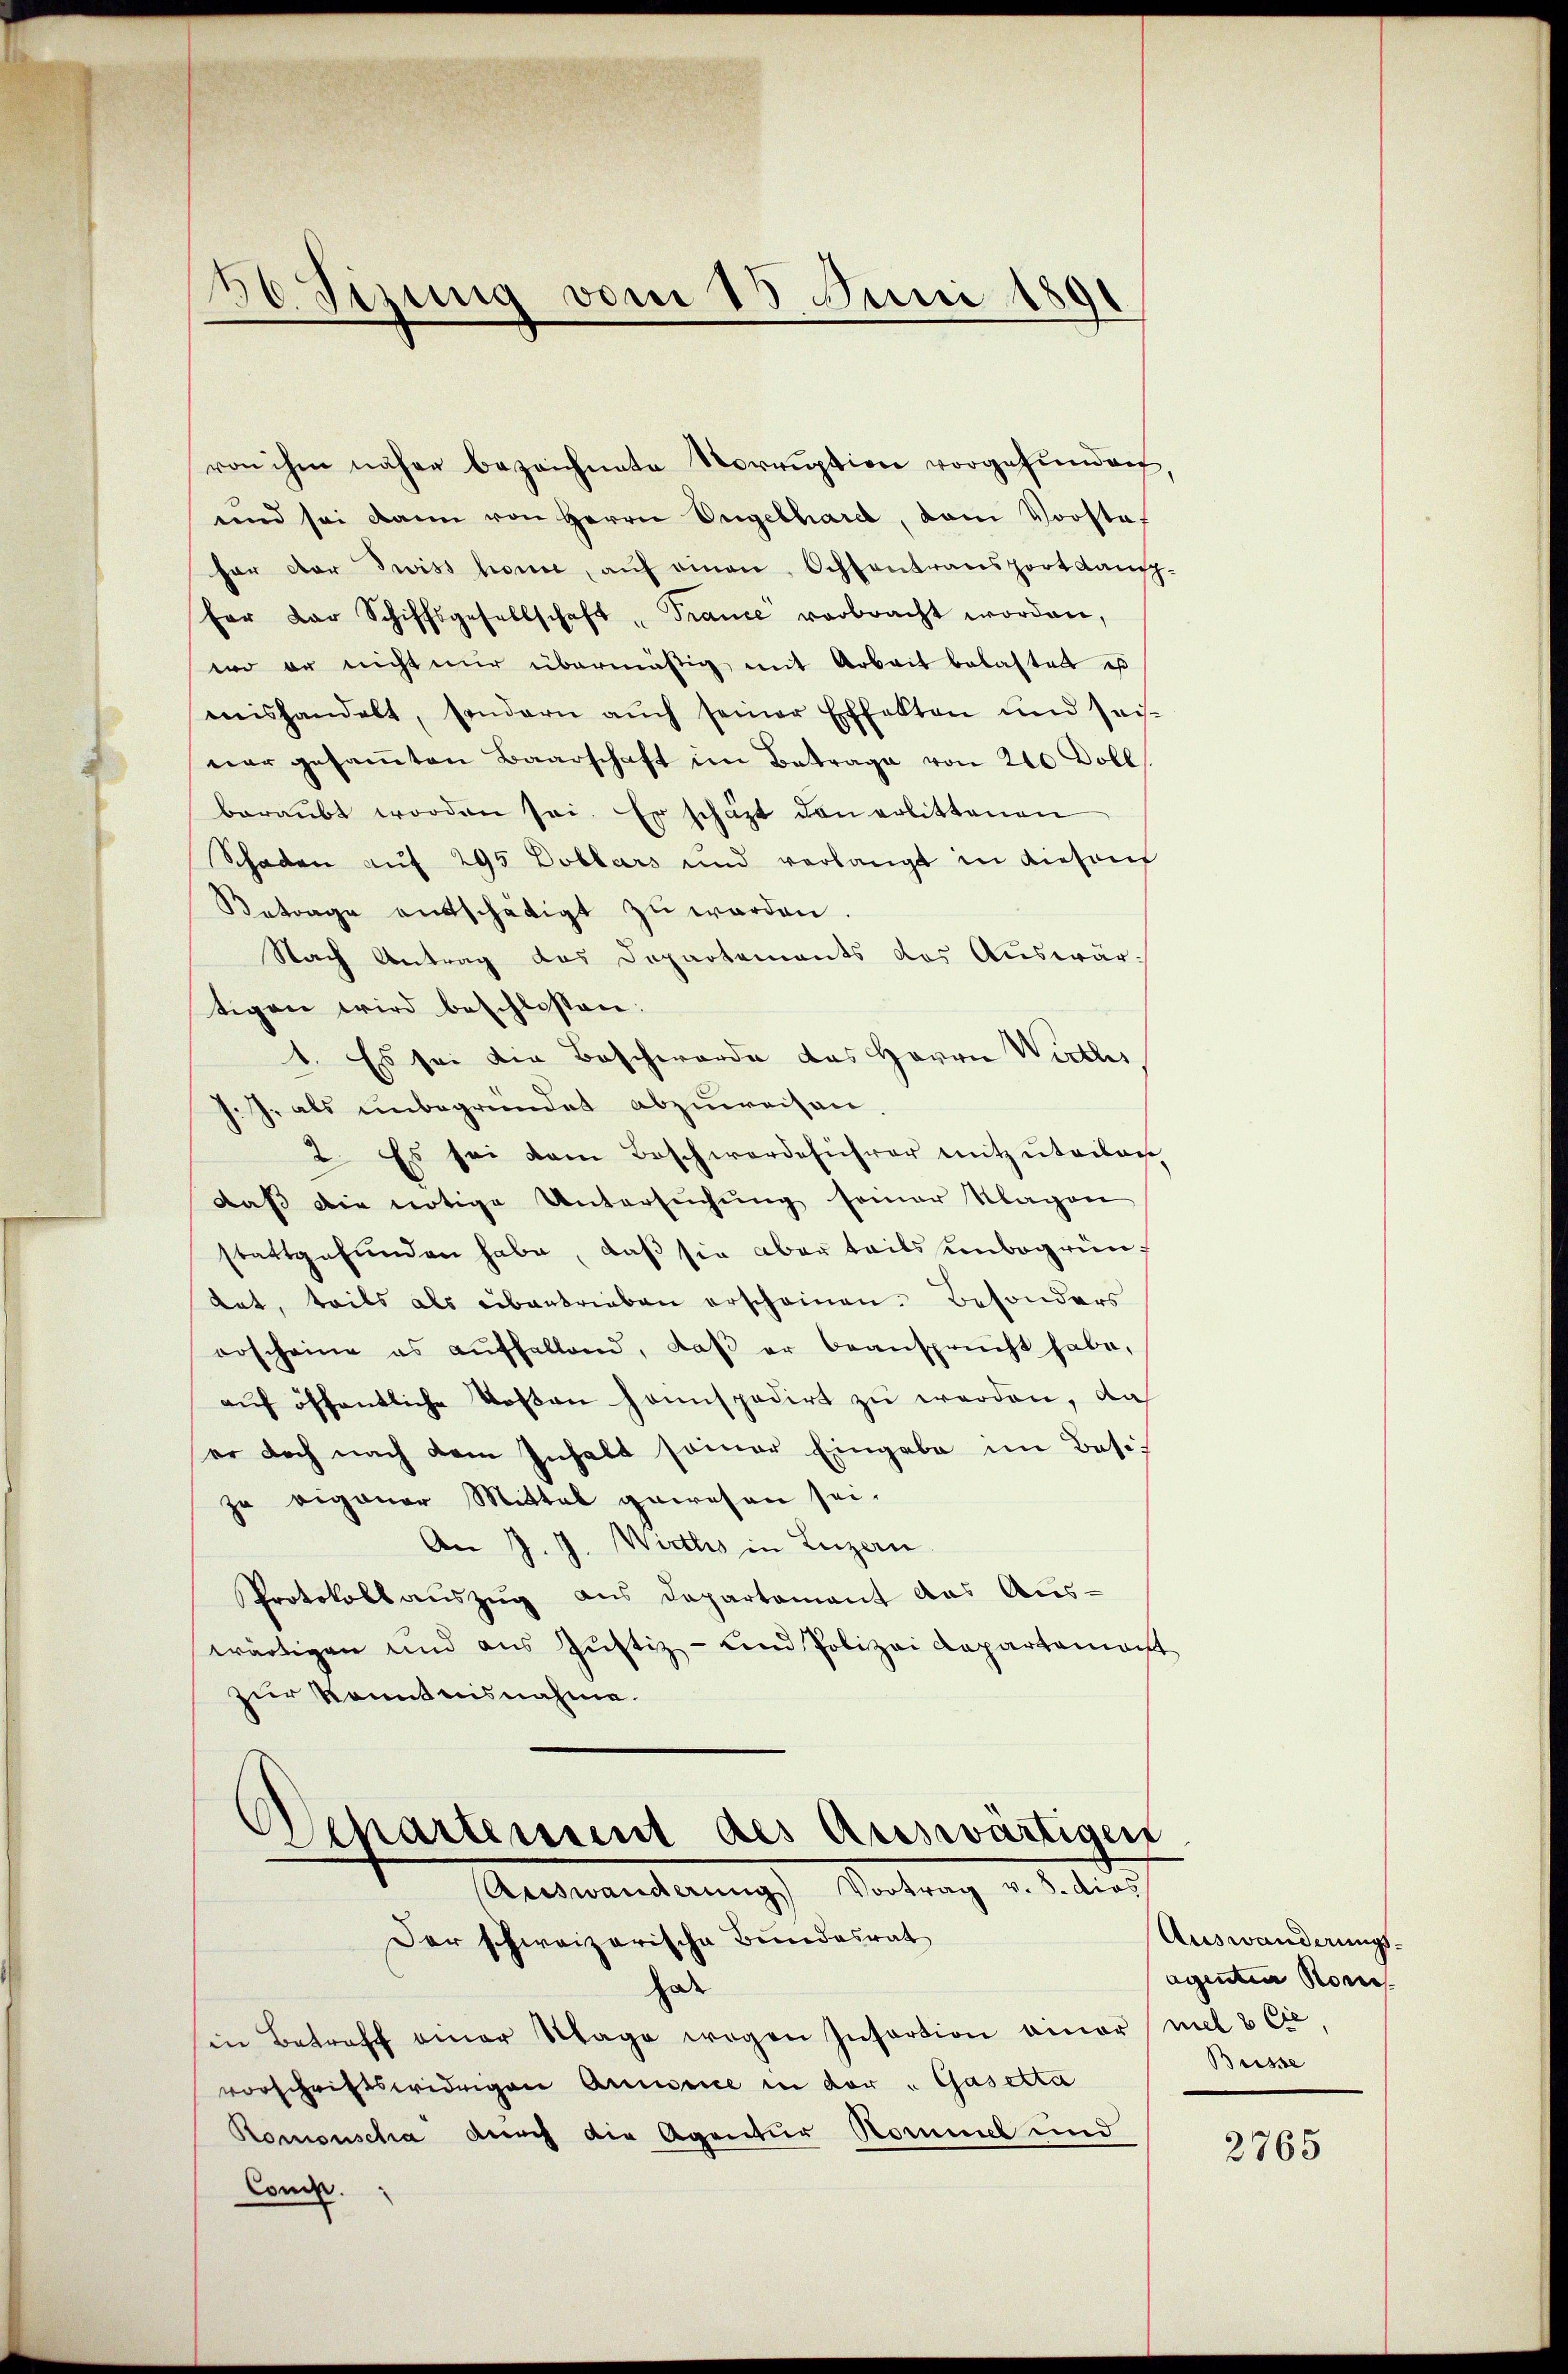
86 Sizung vom 15. Juni 1891

von ihm näher bezeichnete Vorruption vorgefunden
und sei dann von Herrn Ungelhard, dem Vorstat
für der Zwiss honne, aŭf einen Ochtantransport dansp
fer dar Schiffsgesellschaft " Trance verbracht worden,
wo er nicht nur übermäßig mit Arbeit belastet es
mishandelt, sondern aŭch seiner Effekten und Jais-
ner gesamten Baarschaft im Betrage von 200 Doll
beraubt worden sei. Er schäft den erlittenen
Schaden auf 295 Doblars und verlangt in diesen
Betrage entschädigt zŭ werden.
Nach Antrag das Departements des Auswärtigen wird beschlossen:
1. Es sei die Beschwerde das Herrn Wirths,
J. J. als unbegründet abzuweisen.
2. Es sei dem Beschwerdeführer mitzuteilen
daß die nötige Untersuchung seiner Klagen
stattgefunden habe, daß sie aber teils unbegrüntat, teils als übertrieben erscheinen. Besonders
erscheine es aŭffallend, daβ er beansprücht habe,
auf öffentliche Kosen heimspedirt zu werden, das
er doch nach dem Inhalt seiner Eingabe im Besizu eigener Mittal gewesen sei.
An J. J. Wirths in Luzern
Protokollauszug aus Departement das Aus-
wärtigen und aus Justiz- und Polizei Repartemont
zur Kenntnisnahme.

Departement des Auswärtigen
Auswanderung Vortrag v. 3. dies

Der schweizerische Bundesrat
hode
sen Betreff einer Wage wegen Insortion ainer mit 8 Cie
vorschriftswidrigen Annonice in der " Gasetta
Romonscha durch die Agentur Kommel und
Concl.

Auswanderungs-
agenten Kon
Büsse

2765